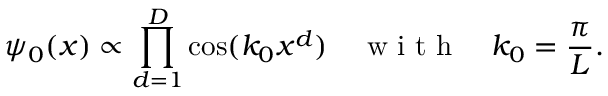
\psi _ { 0 } ( x ) \propto \prod _ { d = 1 } ^ { D } \cos ( k _ { 0 } x ^ { d } ) \quad \textrm { w i t h } \quad k _ { 0 } = \frac { \pi } { L } .